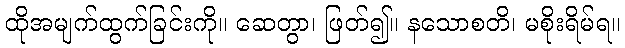
ထိုအမျက်ထွက်ခြင်းကို။ ဆေတွာ၊ ဖြတ်၍။ နသောစတိ၊ မစိုးရိမ်ရ။